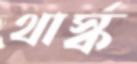
থার্স্ক